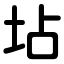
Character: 坫